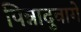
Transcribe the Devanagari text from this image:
पिन्नादुवागे